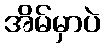
အိမ်မှာပဲ